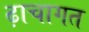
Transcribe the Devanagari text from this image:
ढ़ाचागत